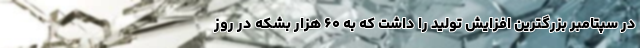
در سپتامبر بزرگترین افزایش تولید را داشت که به ۶۰ هزار بشکه در روز